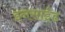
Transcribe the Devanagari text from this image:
इनसाईड